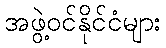
အဖွဲ့ဝင်နိုင်ငံများ